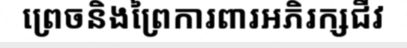
ព្រេចនិងព្រៃការពារអភិរក្សជីវ